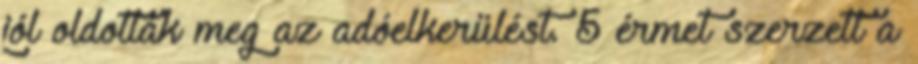
jól oldották meg az adóelkerülést. 5 érmet szerzett a